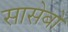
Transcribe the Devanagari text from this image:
सासेबो